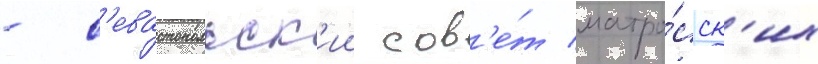
- с'евастопольск'ии сов'е́т матро́сск'их